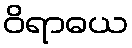
ဝိရာဓယ